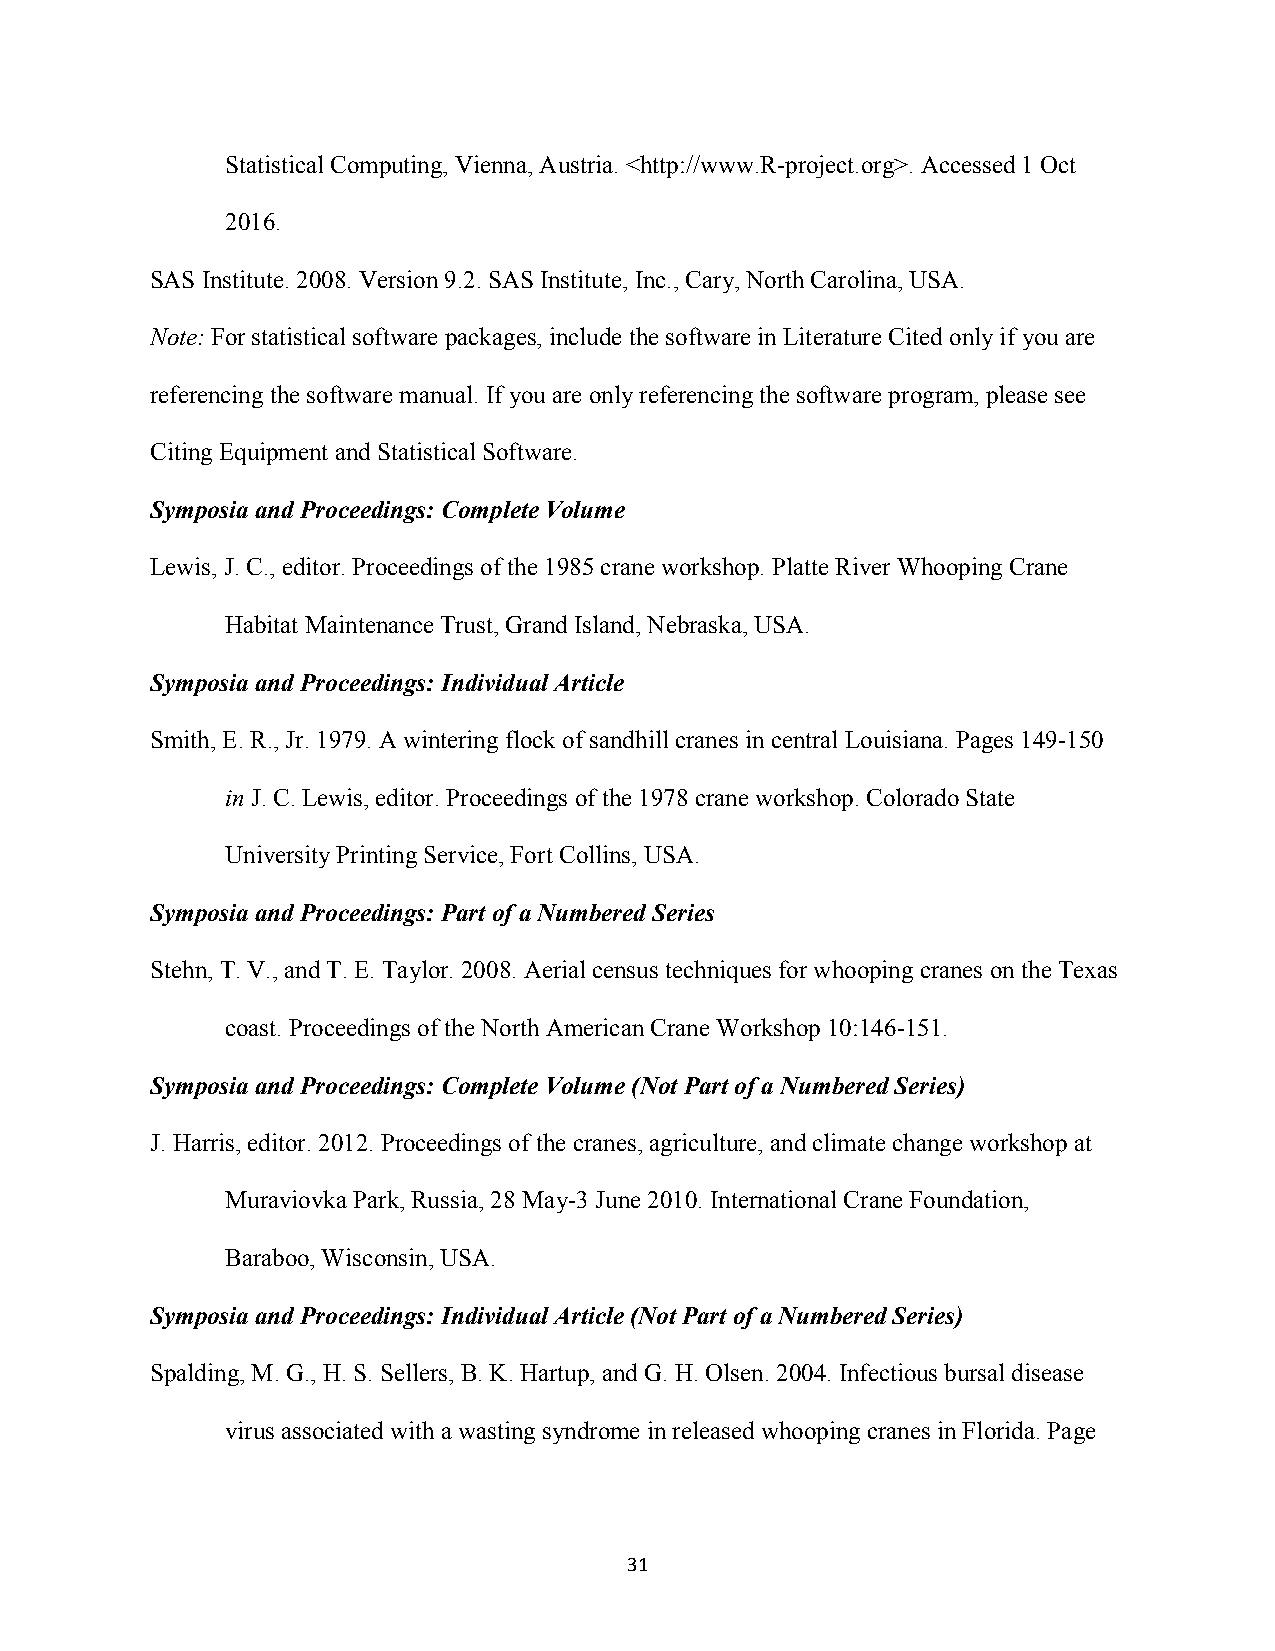
Statistical Computing, Vienna, Austria. <http://www.R-project.org>. Accessed 1 Oct
 2016.
 SAS Institute. 2008. Version 9.2. SAS Institute, Inc., Cary, North Carolina, USA.
 Note: For statistical software packages, include the software in Literature Cited only if you are
 referencing the software manual. If you are only referencing the software program, please see
 Citing Equipment and Statistical Software.
 Symposia and Proceedings: Complete Volume
 Lewis, J. C., editor. Proceedings of the 1985 crane workshop. Platte River Whooping Crane
 Habitat Maintenance Trust, Grand Island, Nebraska, USA.
 Symposia and Proceedings: Individual Article
 Smith, E. R., Jr. 1979. A wintering flock of sandhill cranes in central Louisiana. Pages 149-150
 in J. C. Lewis, editor. Proceedings of the 1978 crane workshop. Colorado State
 University Printing Service, Fort Collins, USA.
 Symposia and Proceedings: Part of a Numbered Series
 Stehn, T. V., and T. E. Taylor. 2008. Aerial census techniques for whooping cranes on the Texas
 coast. Proceedings of the North American Crane Workshop 10:146-151.
 Symposia and Proceedings: Complete Volume (Not Part of a Numbered Series)
 J. Harris, editor. 2012. Proceedings of the cranes, agriculture, and climate change workshop at
 Muraviovka Park, Russia, 28 May-3 June 2010. International Crane Foundation,
 Baraboo, Wisconsin, USA.
 Symposia and Proceedings: Individual Article (Not Part of a Numbered Series)
 Spalding, M. G., H. S. Sellers, B. K. Hartup, and G. H. Olsen. 2004. Infectious bursal disease
 virus associated with a wasting syndrome in released whooping cranes in Florida. Page
 31